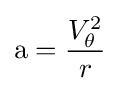
{\text{a}}={\frac {V_{\theta }^{2}}{r}}